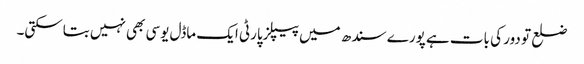
ضلع تو دور کی بات ہے پورے سندھ میں پیپلزپارٹی ایک ماڈل یوسی بھی نہیں بتاسکتی۔